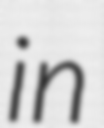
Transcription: in